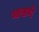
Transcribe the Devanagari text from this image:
भासणे